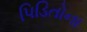
પિડિતોના